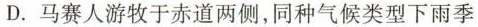
D. 马赛人游牧于赤道两侧，同种气候类型下雨季